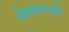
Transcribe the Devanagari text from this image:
बोलण्यामध्ये